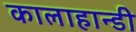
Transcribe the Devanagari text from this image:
कालाहान्डी